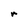
Character: r